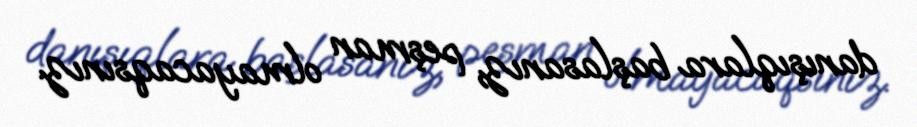
danışıqlara başlasanız, peşman olmayacaqsınız.